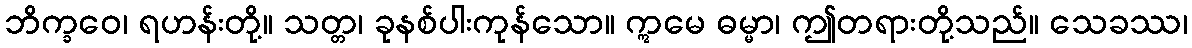
ဘိက္ခဝေ၊ ရဟန်းတို့။ သတ္တ၊ ခုနစ်ပါးကုန်သော။ ဣမေ ဓမ္မာ၊ ဤတရားတို့သည်။ သေခဿ၊